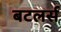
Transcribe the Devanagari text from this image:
बटलर्स